Vital statistics of India. Vol. VI, European troops 1870-79
Year: 1870
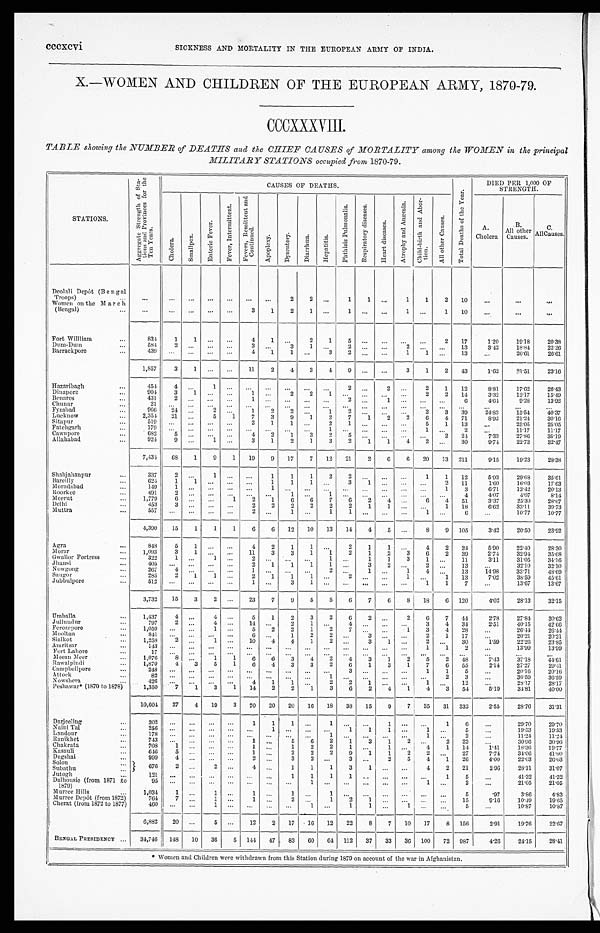
cccxcvi SICKNESS AND MORTALITY IN THE EUROPEAN ARMY OF INDIA.
X.—WOMEN AND CHILDREN OF THE EUROPEAN ARMY, 1870-79.
CCCXXXVIII.
TABLE showing the NUMBER of DEATHS and the CHIEF CAUSES of MORTALITY among the WOMEN in the principal
MILITARY STATIONS occupied from, 1870-79.
STATIONS.
A g g r e g a t e S t r e n g t h o f S t a -
t i o n s a n d P r o v i n c e s f o r t h e
T e n Ye a r s .
CAUSES OF DEATHS.
T o t a l D e a t h s o f t h e Y e a r .
DIED PER 1,000 OF
STRENGTH.
Ch o l e r a . S ma l l p o x .
E n t e r i c F e v e r .
F e v e r , I n t e r m i t t e n t . F e v e r s , R e m i t t e n t a n d
C o n t i n u e d .
A p o p l e x y .
D y s e n t e r y .
D i a r r h œ a .
H e p a t i t i s .
P h t h i s i s P u l m o n a l i s .
R e s p i r a t o r y d i s e a s e s .
H e a r t d i s e a s e s .
A t r o p h y a n d A n æ m i a .
C h i l d - b i r t h a n d A b o r -
t i on.
A l l o t h e r C a u s e s .
A.
Cholera
B .
All other
Causes.
C .
All Causes.
Deolali Depôt (Bengal
Troops)
...
...
...
. . .
... ... ... ...
2
2 . . .
1
1 ...
1
1
2 10
...
...
...
Women on the March
(Bengal)
...
...
... ... ... ...
3
1
2
1 ...
1
. . .
. . . 1 ... 1 10
. . .
. . .
...
Fort Willliam
...
834
1
1 . . . ...
4
1 ...
2 1
5
. . .
. . . . . . ...
2 17
1.20
19.18
2 0 . 3 8
Dum-Dum
...
584
2
. . . . . . ...
3
. . . 3
1 . . .
2
. . .
. . . 2 ...
. . . 13
3.42 18.84 2 2 . 2 6
Barrackpore
...
439
... ...
. . . ...
4
1
1
. . . 3
2
. . .
. . . 1
1 ...
13
...
26.61
2 6 . 6 1
1,857
3
1
. . . ... 11
2
4
3
4
9 ... ...
3
1
2 43
1.62
21.51
2 3 . 1 6
Hazaribagh
...
454
4 ...
1 ...
. . .
. . .
. . .
. . .
. . .
2
. . .
2 . . . 2
1 12
8.81 17.62 2 6 . 4 3
Dinapore
...
904
3
1 ... ...
1 ...
2
2
1
. . .
. . .
. . . . . . 2
2 14
3.32
12.17 1 5 . 4 9
Benar es
...
431
2 ... ... ...
1
. . .
. . .
. . .
. . .
2
. . .
1 . . .
... . . . 6
4.64
9.28 1 3 . 9 2
Chunar
...
2 1
. . .
. . . . . . ...
. . .
. . .
. . .
. . .
. . . ... ... ...
. . . ... . . .
. . .
...
...
...
Fyzabad
...
966 24 ...
2 ...
1
2
2 ...
1
2 ... ... ...
2
3 39
24.83 15.54 4 0 . 3 7
Lucknow
...
2,354 21
. . . 5 1
7
3
9
1
2
7
1
2
2
6
4 71
8.92 21.24 3 0 . 1 6
Sitapur
...
519
... ... ... ...
2
1
1
. . .
2
1
. . .
. . .
. . . 5
1 13
...
25.05 2 5 . 0 5
Fatehgarh
...
1 7 9
. . .
. . . . . . ...
. . . . . .
. . .
. . .
1
. . .
. . .
. . .
. . . 1 ...
2
...
11.17
11.17
Cawnpore
...
682
5
. . . . . . ...
4
2
1
3
2
5
. . .
. . .
. . .
... 2 24
7.33 27.86 3 5 . 1 9
Allahabad
...
9 2 4 9
. . . 1 ...
3
1
2
1
3
2
1
1
4
2 ...
30
9.74 22.73 3 2 . 4 7
7,434 68 1
9
1 19
9 17
7 12 21
2
6
6 20 13 211
9.15 19.23 2 8 . 3 8
Shahjahanpur
...
337
2 . . . 1
. . .
. . . 1
1
1
2 2
. . . . . .
. . . 1
1 12
5.93 29.68 3 5 . 6 1
Bareilly
...
624
1
1 ... ... ...
1
1
1
. . . 3
1 ... ... ...
2 11
1.60 16.03 17. 63
Moradabad
...
149
1 . . .
. . . ...
. . . 1 . . .
. . .
. . . ... ... ... ... ...
1
3
6.71
13.42 20. 13
Roor kee
...
491
2 ... ... ... ... ...
1
. . .
1
. . .
. . .
. . . . . . ...
. . .
4 4.07
4.07
8. 14
Meerut
...
1,779
6
. . .
. . . 1
2
1
6
6
7
6
2
4
. . . 6
4 51
3.37
25.30 28. 67
Delhi
...
453
3 . . . . . .
. . . 2
2
2
2
2
2
1
1 ... ...
1 18
6.62 33.11
39. 73
Mu t t r a
...
557
. . . ...
. . . ...
2
. . . 1
. . . 1
1 ... ...
. . .
1
. . . 6
...
10.77 10. 77
4,390 15
1
1
1
6
6 12 10 13 14
4
5 ...
8
9 105
3.42 20.50 23. 92
Agra
...
848
5
1
. . .
. . .
4 2
1
1 ...
2
1
1
. . . 4
2 24
5.90 22.40 28. 30
Morar
...
1,093
3
1 ... ...
11
3
3
1
1
2
1
2
3
6
2 39
2.74 32.94 35. 68
Gwalior Fortress
...
322
1 . . . 1 ...
2
. . .
. . .
. . . 1
. . . 1
1
3
1 ...
11
3.11
31.05 34. 16
Jhansi
...
405
. . . . . .
. . . ...
2
1
1
1
1 ...
3
2 ...
2 . . . 13 ...
32.10
32. 10
Nowgong
...
267
4 . . .
. . . ...
1 ...
. . . ...
2
. . .
1
. . . 1
4 ...
13
14.98 33.71
48. 69
Saugor
...
285
2
1
1 ...
2
1
1
1
. . . 2 ...
. . .
1 ...
1 13
7.02
38.59
45. 61
Jubbulpore
...
512 ... ...
. . . ...
1
. . . 3
1 ...
. . . ... ...
. . .
1
1
7
...
13.67 13. 67
3,732 15
3
2 ...
23
7
9
5
5
6
7
6
8 18
6 120
4.02 28.13 32. 15
Umballa
...
1 , 4 3 7 4
. . . 4 ...
5
1
2
3
2
6
2 ...
2
6
7 44
2.78 27.84 30. 62
Jullundur
...
797
2 ...
4 ...
14 ...
2
1 ...
4
. . .
. . .
. . . 3
4 34
2.51 40.15 42. 66
Ferozepore
...
1,059 ... ...
1 ...
5
2
2
1
2
7 . . .
. . . 1
3
4 28
...
26.44 26. 44
Mooltan
...
841
. . .
. . .
. . . ...
6
. . . 1
2
2
. . . 3
. . .
. . . 2
1 17 ...
20.21
20. 21
Sialkot
...
1,258
2
. . .
1 ...
10
4
4
1
2 ...
3
1 ...
2
...
30
1.59 22.26 23. 85
Amritsar
...
143
. . .
. . .
. . . ...
. . .
. . .
. . .
. . .
. . . . . .
. . .
. . . . . . 1
1
2
...
13.99 13. 99
Fort Lahore
...
1 7 . . . ... ... ... ... ...
. . . ... ... ...
. . .
. . . . . .
...
. . .
. . .
. . . ...
. . .
Me e a n Me e r
...
1 , 0 7 6 8 ...
1 1
6
6
3 4
2
4
3 1
2
5
2 48
7.43 37.18 44. 61
Rawalpindi
...
1 , 8 7 0 4
3
5 1
6
4
3
3
2
6
1 3
1
7
6 55
2.14 27.27
29. 41
Campbellpore
...
248 . . .
. . . ... ...
. . .
. . .
. . .
. . .
. . .
3
. . .
. . .
. . . 1
1
5 ...
20.16 20. 16
Attock
...
8 2 . . .
. . .
. . .
. . . ... ... ... ...
1
. . .
. . .
. . .
. . . ... 2
3
...
36.59 36. 59
Nowshera
...
426 ... ...
. . . ...
4
1
1
. . . 2
2
1 ... ...
1 ...
12
...
28.17
28. 17
Peshawar* (1870 to 1878)
1,350
7
1
3
1 14
2
2
1
3
6
2
4
1
4
3 54
5.19 34.81 40. 00
10,604 27
4 19
3 70 20 20 16 18 38 15
9
7 35 31 332
2.55 28.76 31. 31
Darjeeling
...
202
. . .
. . .
. . .
. . . 1
1
1
. . . 1
. . .
. . . 1
. . . ... 1
6 ...
29.70 29. 70
Naini Tal
...
256
. . .
. . .
. . .
. . . . . .
1
. . .
. . .
. . . 1
1 1
. . . 1
. . .
5 ...
19.53 19. 53
Landour
...
178
. . .
. . .
. . .
. . .
. . .
. . . ...
. . .
1
. . . ... ...
. . . 1 ...
2
...
11.24 11. 24
Ranikhet
...
7 4 3
. . .
. . .
. . .
. . .
1
. . . 5
6
2
1
3
1
2 ...
2 23
...
30.96 30. 96
Chakrata
...
708
1
. . .
. . .
. . . 1
. . . 1
2
2
1 ...
1 ...
4
1 14
1.41
18.36 19. 77
Kasauli
...
646
5
. . . . . .
. . .
1 ...
2
2
2
9
1
1
2
2 ...
27
7.74
34.06 41. 80
Dagshai
...
999
4
. . . . . .
. . . 2 ...
3
2 ...
3
. . . 2
5
4
1 26
4.00
22.03 26. 03
Solon
676
2
. . . 2
. . .
4
. . . 1
1
1
3
1
. . .
. . . 4
2 21
2.96
28.11 31. 07
Subathu
...
Jutogh
...
121
. . .
. . . . . .
. . .
. . .
. . . 1
1
1
1
. . .
. . .
. . . ... 1
5 ...
41.32 41.32
Dalhousie (from 1871 to
1879)
95
. . .
. . . . . .
. . . ... ... ...
1
. . .
. . .
. . .
. . .
. . . 1
. . . 2
...
21.05 21. 05
Murree Hills
...
1 , 0 3 4
1
. . . 1 ...
1
. . .
1
. . . 1 ... ...
. . . ... ... ...
5
.97
3.86
4. 83
Murree Depôt (from 1872)
764
7
. . . 1 ...
1
. . .
2
. . . 1
. . .
. . .
. . . . . . ... ...
1 5 9.16
10.49 19. 65
Cherat (from 1872 to 1877)
460 ... ...
1
. . .
. . .
. . . ...
1 ...
1
1
. . . 1 ...
. . . 5
...
10.87
10. 87
6,882 20 ...
5 ...
12
2 17 16 12 22
8
7 10 17
8 156
2.91 19.76 22.67
BENGAL PRESIDENCY ... 34,746 148 10 36
5 144 47 83 60 64 112 37 33 36 100 72 987
4.26 24.15 28. 41
* Women and Children were withdrawn from this Station during 1879 on account of the war in Afghanistan.